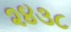
૨૪૩૮